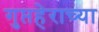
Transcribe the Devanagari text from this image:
गुप्तहेराच्या